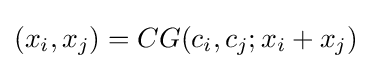
(x_{i},x_{j})=CG(c_{i},c_{j};x_{i}+x_{j})